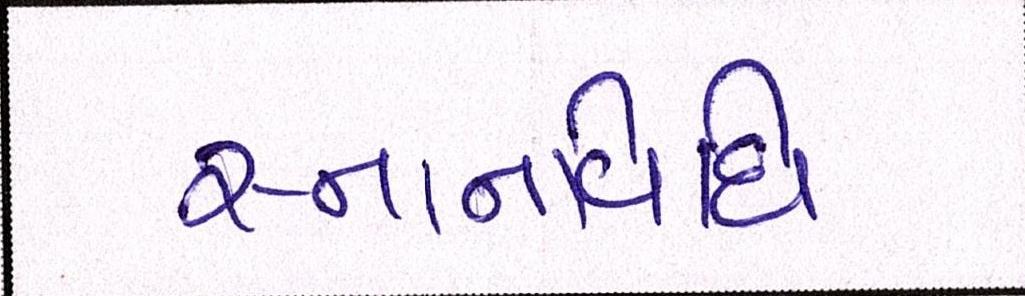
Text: સ્નાનવિધિ